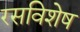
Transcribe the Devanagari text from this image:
रसविशेष